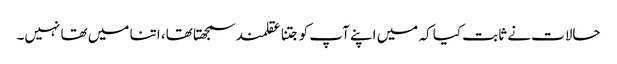
حالات نے ثابت کیا کہ میں اپنے آپ کو جتنا عقلمند سمجھتا تھا، اتنا میں تھا نہیں۔